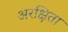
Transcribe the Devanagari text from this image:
अरक्षिता